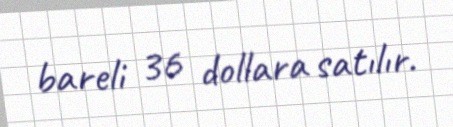
bareli 36 dollara satılır.